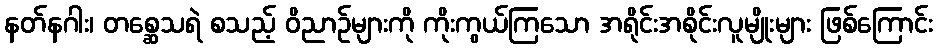
နတ်နဂါး၊ တစ္ဆေသရဲ စသည့် ဝိညာဉ်များကို ကိုးကွယ်ကြသော အရိုင်းအစိုင်းလူမျိုးများ ဖြစ်ကြောင်း